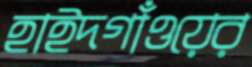
হাইদগাঁওয়ের